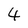
Character: 4